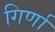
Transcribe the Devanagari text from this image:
गिर्णा